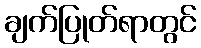
ချက်ပြုတ်ရာတွင်